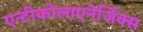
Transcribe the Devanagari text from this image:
एन्टीकोलाएनेर्जिक्स